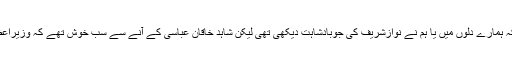
انہوں نے کہاکہ ہمارے دلوں میں یا ہم نے نوازشریف کی جوبادشاہت دیکھی تھی لیکن شاہد خاقان عباسی کے آنے سے سب خوش تھے کہ وزیراعظم عوامی ہے۔